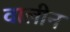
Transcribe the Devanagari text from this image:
वालीन